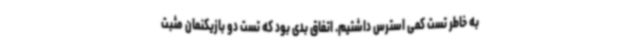
به خاطر تست کمی استرس داشتیم. اتفاق بدی بود که تست دو بازیکنمان مثبت